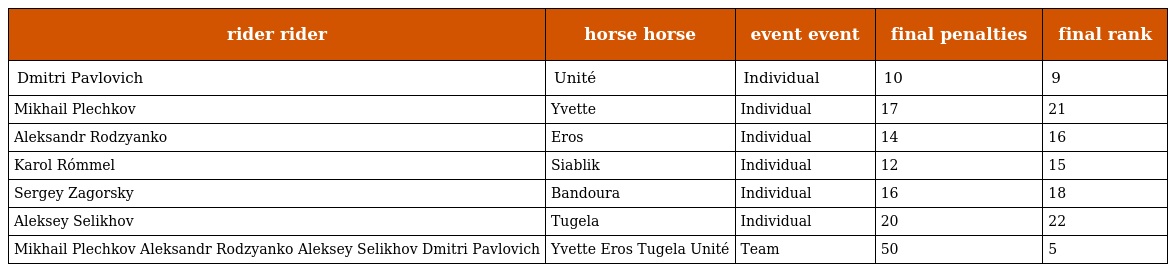
| rider rider | horse horse | event event | final penalties | final rank |
 | --- | --- | --- | --- | --- |
 | Dmitri Pavlovich | Unité | Individual | 10 | 9 |
 | Mikhail Plechkov | Yvette | Individual | 17 | 21 |
 | Aleksandr Rodzyanko | Eros | Individual | 14 | 16 |
 | Karol Rómmel | Siablik | Individual | 12 | 15 |
 | Sergey Zagorsky | Bandoura | Individual | 16 | 18 |
 | Aleksey Selikhov | Tugela | Individual | 20 | 22 |
 | Mikhail Plechkov Aleksandr Rodzyanko Aleksey Selikhov Dmitri Pavlovich | Yvette Eros Tugela Unité | Team | 50 | 5 |